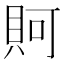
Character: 𧵛